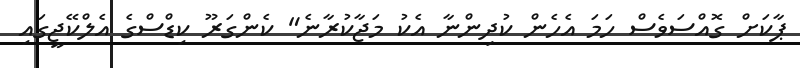
ޕާކަށް ގޮއްސަވެސް ހަމަ އެހެން ކުދިންނާ އެކު މަޖާކުރާނެ" ކެންގަރޫ ކިޑްސްގެ އެލްކޭޖީގައި